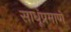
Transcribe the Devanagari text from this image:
साधूंप्रमाणे